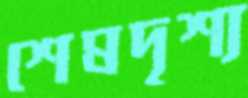
শেষদৃশ্য